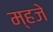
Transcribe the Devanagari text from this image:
म्हजे